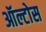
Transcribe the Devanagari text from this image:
ऑल्टोस